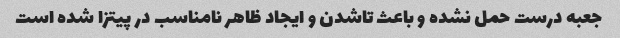
جعبه درست حمل نشده و باعث تاشدن و ایجاد ظاهر نامناسب در پیتزا شده است